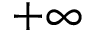
+ \infty